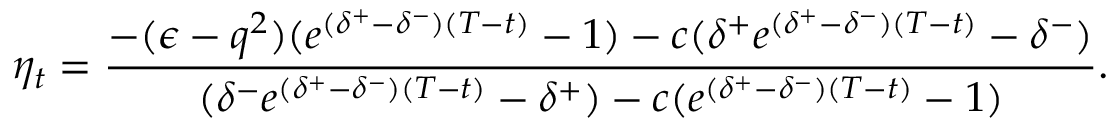
\eta _ { t } = \frac { - ( \epsilon - q ^ { 2 } ) ( e ^ { ( \delta ^ { + } - \delta ^ { - } ) ( T - t ) } - 1 ) - c ( \delta ^ { + } e ^ { ( \delta ^ { + } - \delta ^ { - } ) ( T - t ) } - \delta ^ { - } ) } { ( \delta ^ { - } e ^ { ( \delta ^ { + } - \delta ^ { - } ) ( T - t ) } - \delta ^ { + } ) - c ( e ^ { ( \delta ^ { + } - \delta ^ { - } ) ( T - t ) } - 1 ) } .